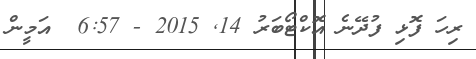
ރިހަ ފޮޅި ފުދޭނެ އޮކްޓޯބަރު 14